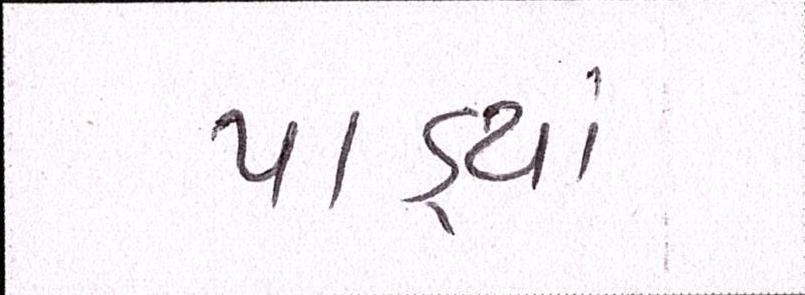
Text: પાડ્યાં